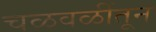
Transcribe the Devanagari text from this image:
चळवळींतून